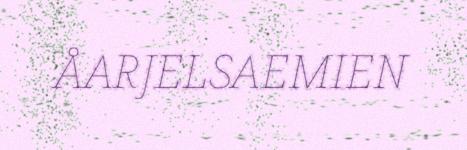
ÅARJELSAEMIEN